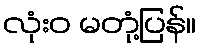
လုံးဝ မတုံ့ပြန်။